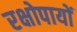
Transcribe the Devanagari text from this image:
रक्षोपायों